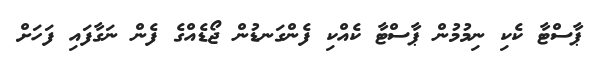
ޕާސްޓާ ކެކި ނިމުމުން ޕާސްޓާ ކެއްކި ފެންގަނޑުން ޖޯޑެއްގެ ފެން ނަގާފައި ފަހަށް